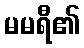
မမရီ၏